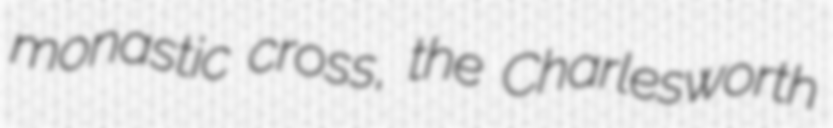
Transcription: monastic cross, the Charlesworth